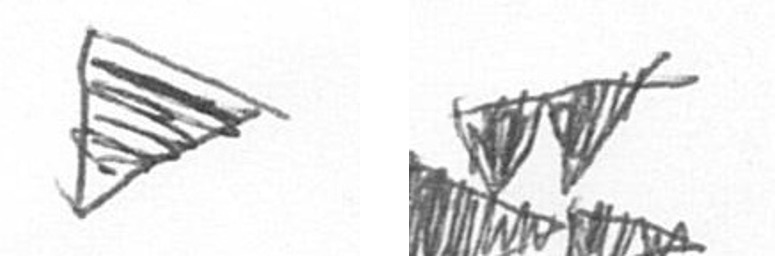
T B